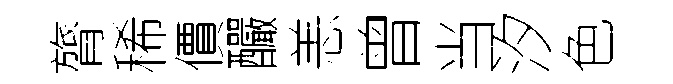
膂稀價釅恙曾当汐色